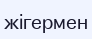
жігермен